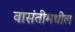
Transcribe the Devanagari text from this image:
वासंतीमधील